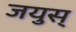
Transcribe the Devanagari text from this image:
जयुस्